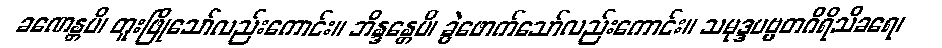
ခဏေန္တပိ၊ တူးဖြိုသော်လည်းကောင်း။ ဘိန္ဒန္တေပိ၊ ခွဲဖောက်သော်လည်းကောင်း။ သမုဒ္ဒပဗ္ဗတဂိရိသိခရေ၊